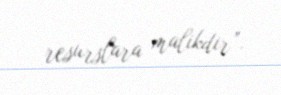
resurslara malikdir”.